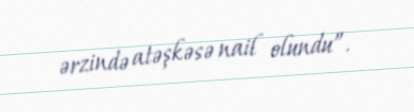
ərzində atəşkəsə nail olundu”.